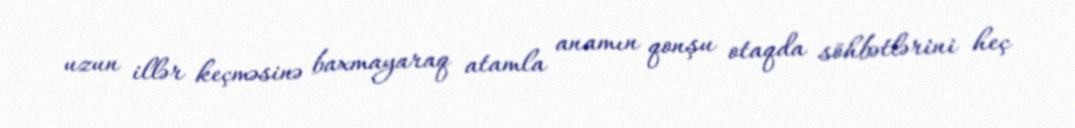
uzun illər keçməsinə baxmayaraq atamla anamın qonşu otaqda söhbətlərini heç